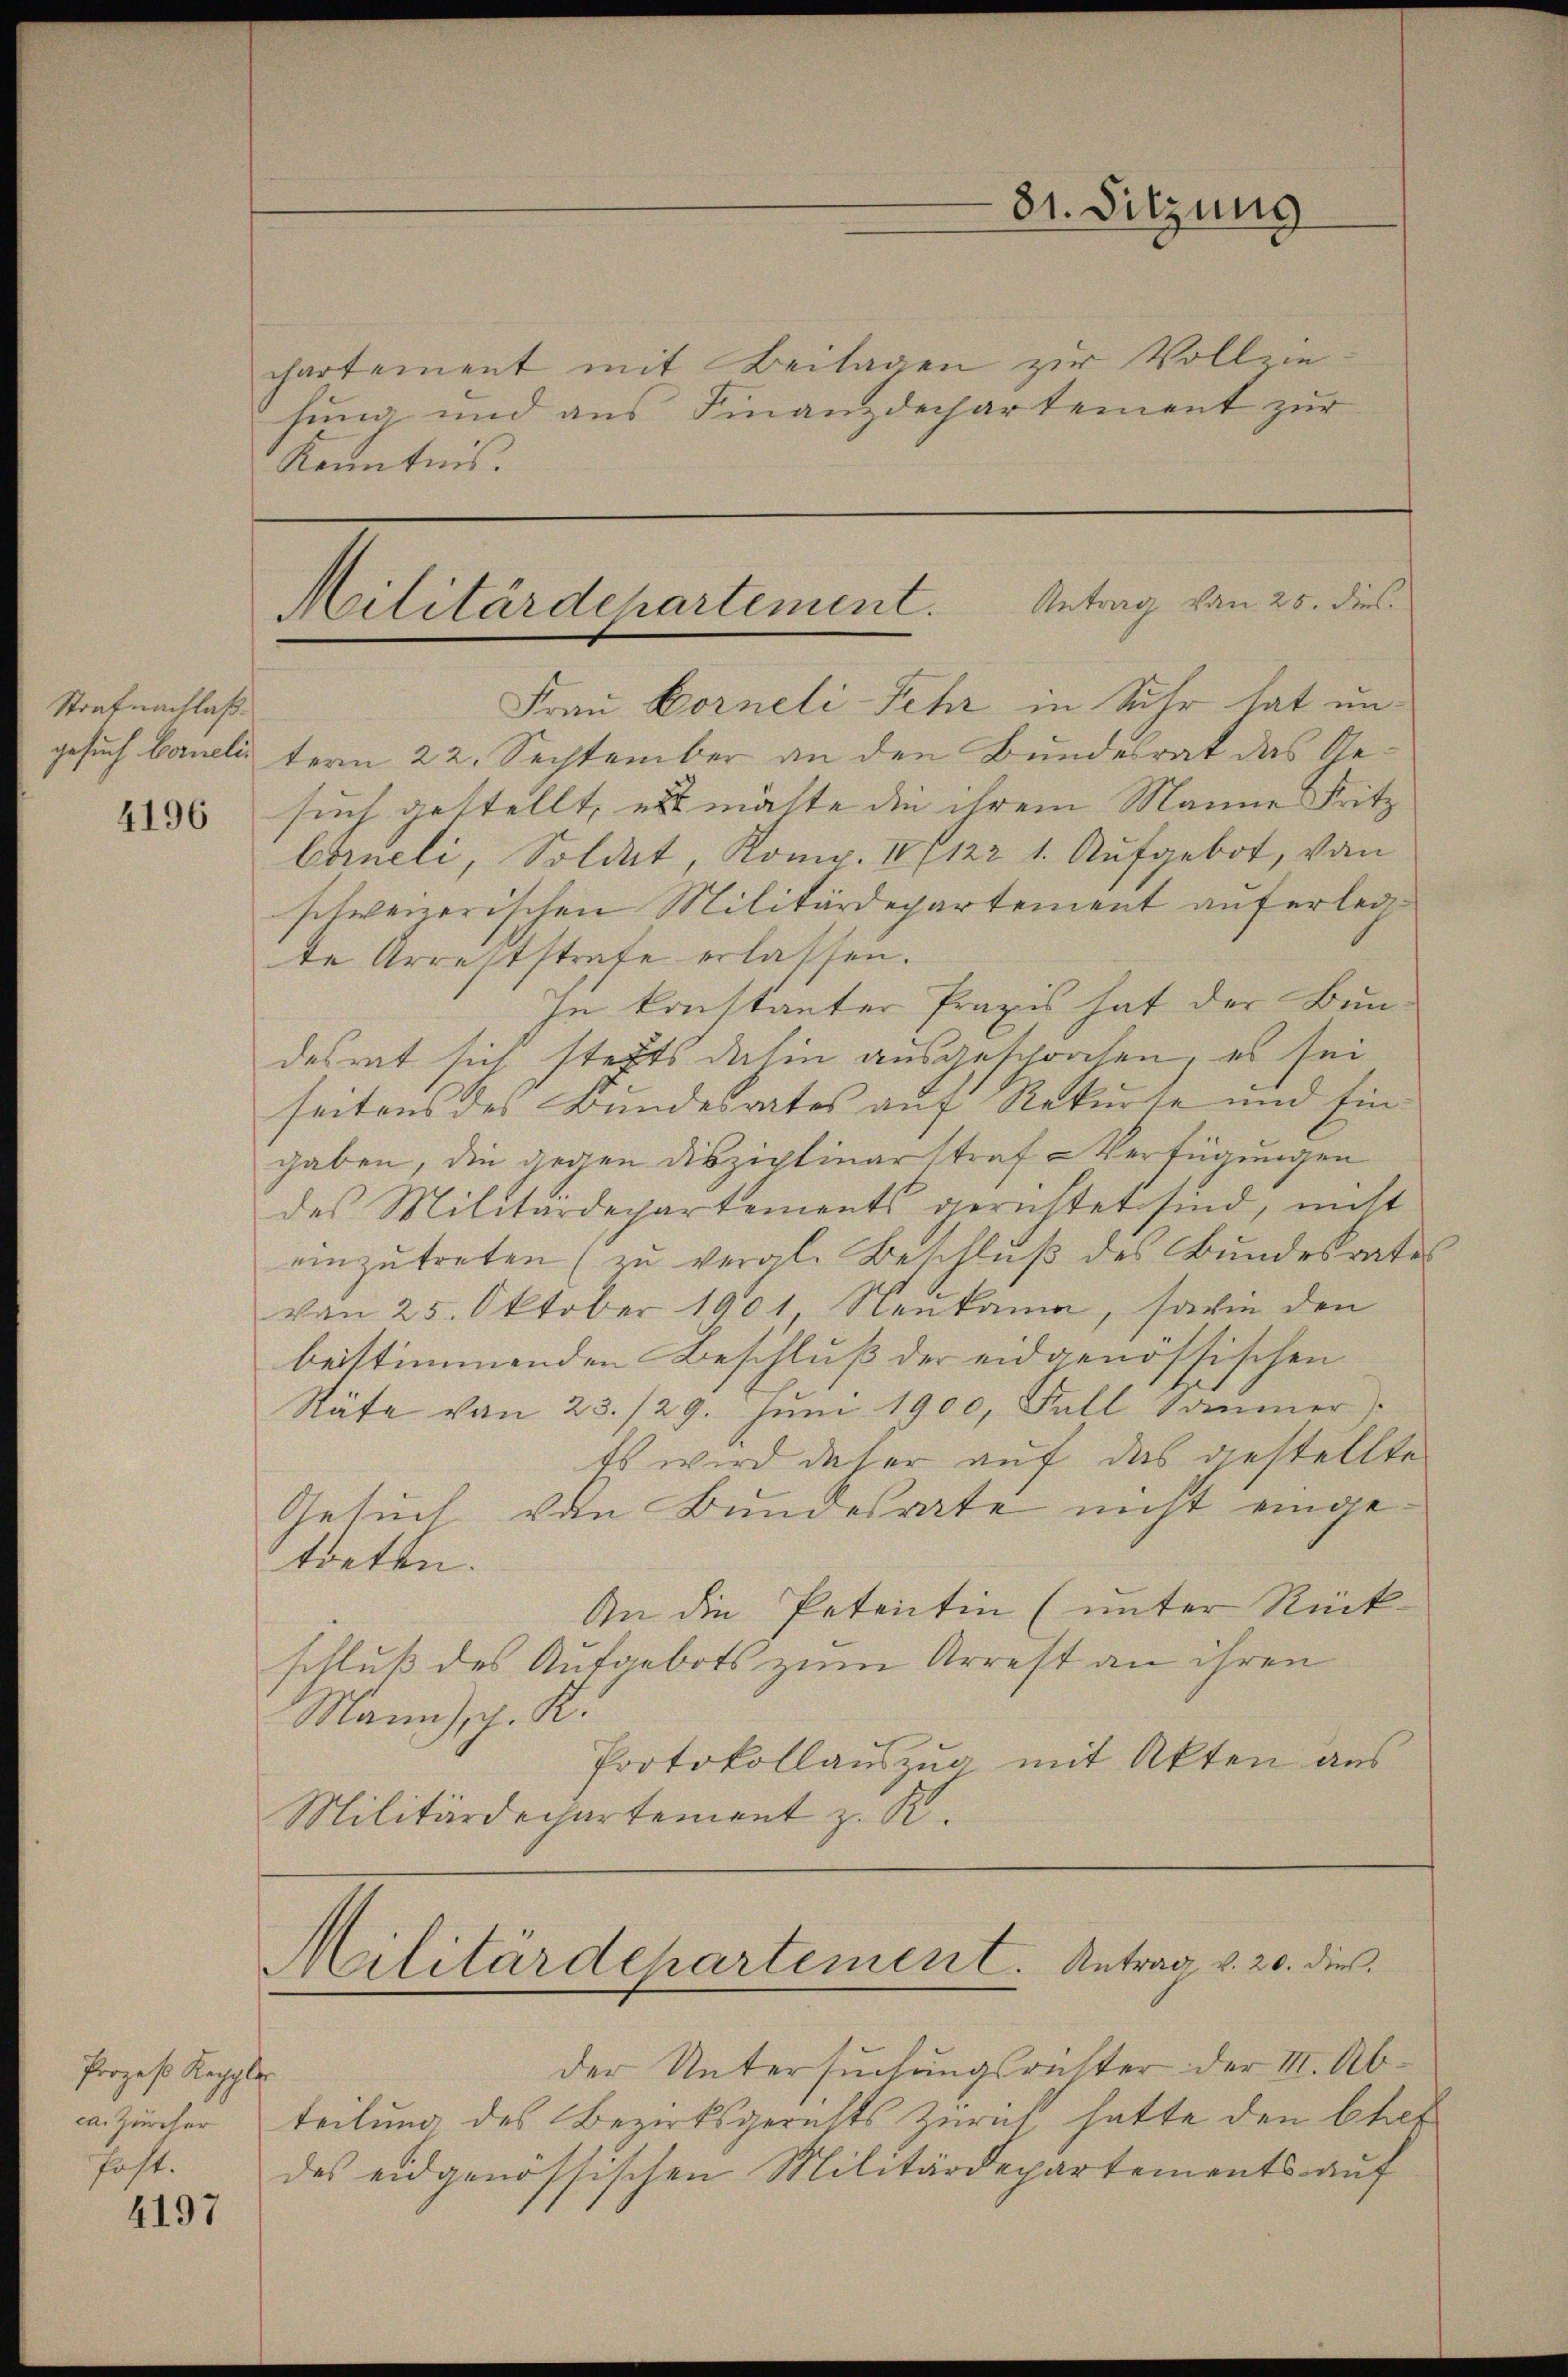
81. Sitzung

chartement mit Beilagen zur Vollzie-
lung und aus Finanzdechartement zur
Kenntnis.

Militärdepartement. Antrag von 25. dies

Frau Korneli Fehr in Suhr hat ungesuch bauelitern 22. September an den Bundesrat das Gesuch gestellt, est mäste die ihrem Manne Fritz
Corneli, Soldet, Komp. III 122 1. Aufgebot, von
schweizerischen Militärdepartement auferlegte Arreststrafe erlassen.
In konstanter Praxis hat der Bun-
desrat sich stehts dahin ausgesprochen, es sei
seitens des Bundesrates auf Rekurse und Eingaben, die gegen disziplinarstraf Verfügungen
des Militärdepartements gerichtet sind, nicht
einzutreten (zu vergl. Beschluß des Bundesrates
von 25. Oktober 1901, Neukama, sowie den
beistimmenden Beschluß der eidgenössischen
Räte von 23./29. Jŭni 1900, Fall Sommer)
Es wird daher auf das gestellte
Gesuch von Bundesrate nicht eingetreten.
An die Petentin (unter Rückschluß des Aufgebots zum Arrest an ihren
Mann), J. K.
Protokollauszug mit Akten aus
Militärdechartement z. B.

Strafnachlaß.

4196

Militärdepartement. Antrag v. 20. dies

der Untersuchungsrichter der II. Aba. Zürcher teilung des Bezirksgerichts Zürich hatte den Chef
des eidgenössischen Militärdepartements auf

Prozeß Keppler
Post.

4197